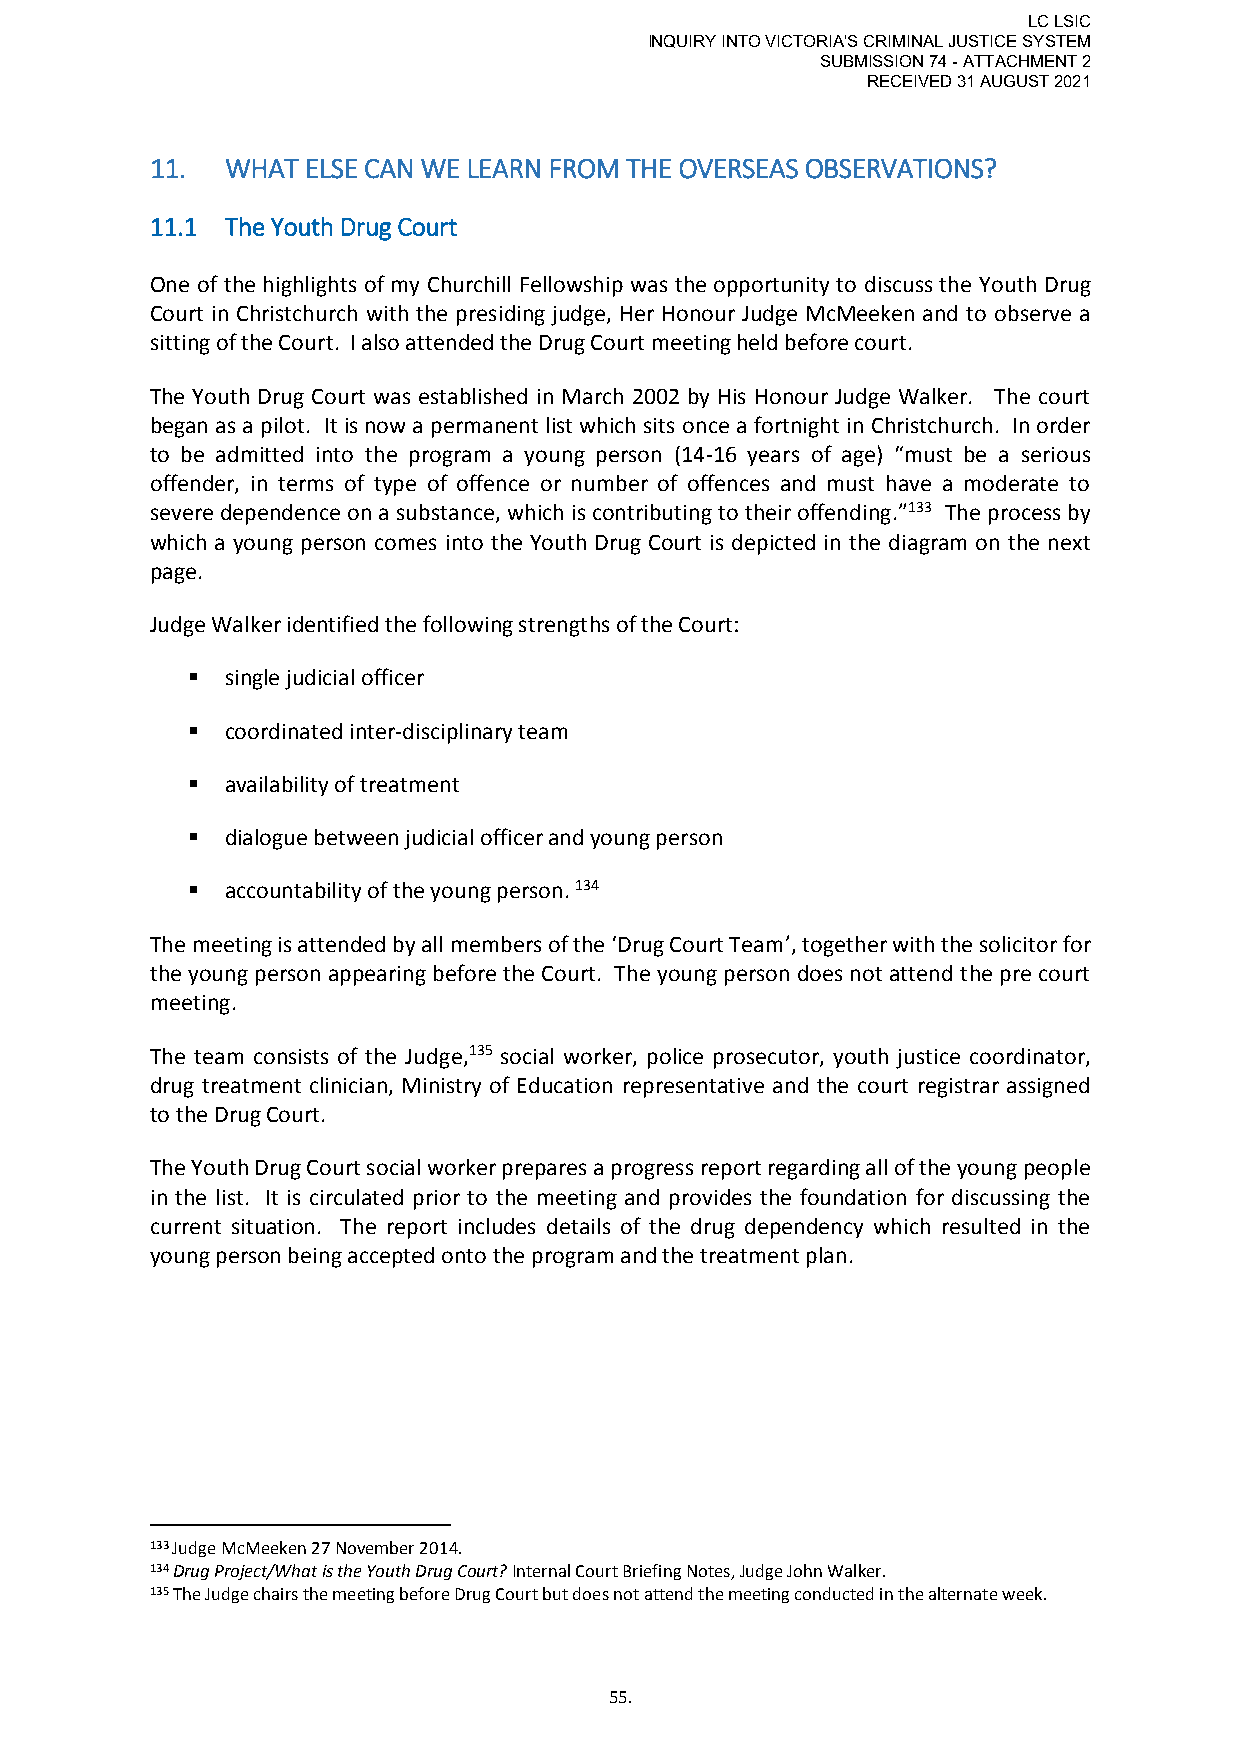
LC LSIC
 INQUIRY INTO VICTORIA'S CRIMINAL JUSTICE SYSTEM
 SUBMISSION 74 - ATTACHMENT 2
 RECEIVED 31 AUGUST 2021
 11.  WHAT ELSE CAN WE LEARN FROM THE OVERSEAS OBSERVATIONS?
 11.1 The Youth Drug Court
 One of the highlights of my Churchill Fellowship was the opportunity to discuss the Youth Drug
 Court in Christchurch with the presiding judge, Her Honour Judge McMeeken and to observe a
 sitting of the Court. I also attended the Drug Court meeting held before court.
 The Youth Drug Court was established in March 2002 by His Honour Judge Walker. The court
 began as a pilot. It is now a permanent list which sits once a fortnight in Christchurch. In order
 to be admitted into the program a young person (14-16 years of age) “must be a serious
 offender, in terms of type of offence or number of offences and must have a moderate to
 severe dependence on a substance, which is contributing to their offending.”133 The process by
 which a young person comes into the Youth Drug Court is depicted in the diagram on the next
 page.
 Judge Walker identified the following strengths of the Court:
   single judicial officer
   coordinated inter-disciplinary team
   availability of treatment
   dialogue between judicial officer and young person
   accountability of the young person. 134
 The meeting is attended by all members of the ‘Drug Court Team’, together with the solicitor for
 the young person appearing before the Court. The young person does not attend the pre court
 meeting.
 The team consists of the Judge,135 social worker, police prosecutor, youth justice coordinator,
 drug treatment clinician, Ministry of Education representative and the court registrar assigned
 to the Drug Court.
 The Youth Drug Court social worker prepares a progress report regarding all of the young people
 in the list. It is circulated prior to the meeting and provides the foundation for discussing the
 current situation. The report includes details of the drug dependency which resulted in the
 young person being accepted onto the program and the treatment plan.
 133 Judge McMeeken 27 November 2014.
 134 Drug Project/What is the Youth Drug Court? Internal Court Briefing Notes, Judge John Walker.
 135 The Judge chairs the meeting before Drug Court but does not attend the meeting conducted in the alternate week.
 55.